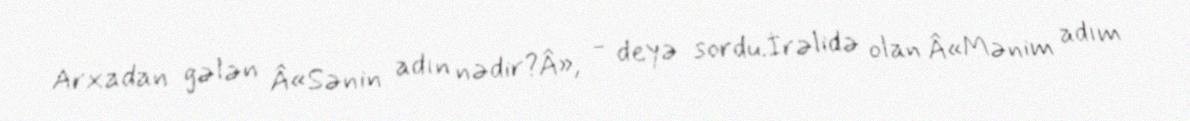
Arxadan gələn Â«Sənin adın nədir?Â», - deyə sordu.İrəlidə olan Â«Mənim adım